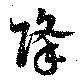
降